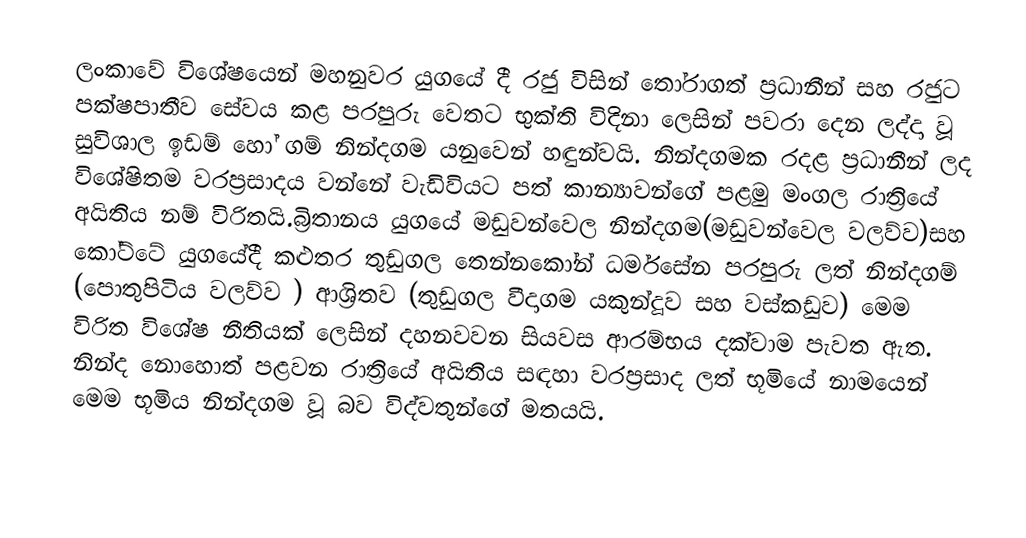
ලංකාවේ විශේෂයෙන් මහනුවර යුගයේ දී රජු විසින් තෝරාගත් ප්‍රධානීන් සහ රජුට පක්ෂපාතීව සේවය කළ පරපුරු වෙතට භුක්ති විදිනා ලෙසින් පවරා දෙන ලද්දා වූ සුවිශාල ඉඩම් හෝ ගම් නින්දගම යනුවෙන් හඳුන්වයි. නින්දගමක රදළ ප්‍රධානීන් ලද විශේෂිතම වරප්‍රසාදය වන්නේ වැඩිවියට පත් කාන්‍යාවන්ගේ පළමු මංගල රාත්‍රියේ අයිතිය නම් විරිතයි.බ්‍රිතානය යුගයේ මඩුවන්වෙල නින්දගම(මඩුවන්වෙල වලව්ව)සහ කෝට්ටේ යුගයේදී කළුතර තුඩුගල තෙන්නකෝන් ධර්මසේන පරපුරු ලත් නින්දගම් (පොතුපිටිය වලව්ව ) ආශ්‍රිතව (තුඩුගල වීදාගම යකුන්දූව සහ වස්කඩුව) මෙම විරිත විශේෂ නීතියක් ලෙසින් දහනවවන සියවස ආරම්භය දක්වාම පැවත ඇත. නින්ද නොහොත් පළවන රාත්‍රියේ අයිතිය සඳහා වරප්‍රසාද ලත් භූමියේ නාමයෙන් මෙම භූමිය නින්දගම වූ බව විද්වතුන්ගේ මතයයි.